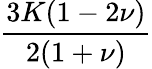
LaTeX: \frac{3K(1-2\nu)}{2(1+\nu)}